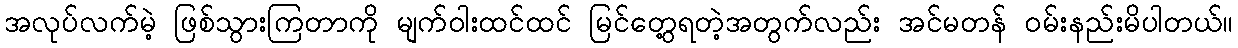
အလုပ်လက်မဲ့ ဖြစ်သွားကြတာကို မျက်ဝါးထင်ထင် မြင်တွေ့ရတဲ့အတွက်လည်း အင်မတန် ဝမ်းနည်းမိပါတယ်။